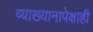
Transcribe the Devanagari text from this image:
व्याख्यानापेक्षाही